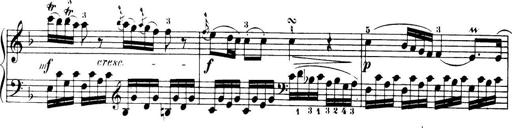
Title: 32 Sonatinas and Rondos for the Piano
Composer: Richard Kleinmichel